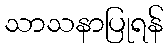
သာသနာပြုရန်